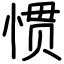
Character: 惯